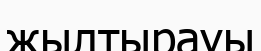
жылтырауы